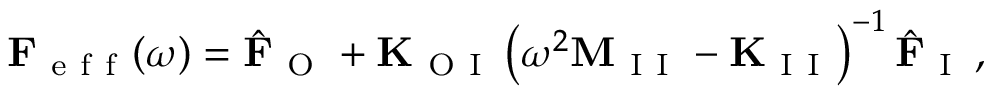
\mathbf { F } _ { \mathrm { ~ e ~ f ~ f ~ } } ( \omega ) = \hat { \mathbf { F } } _ { \mathrm { ~ O ~ } } + \mathbf { K } _ { \mathrm { ~ O ~ I ~ } } \left( \omega ^ { 2 } \mathbf { M } _ { \mathrm { ~ I ~ I ~ } } - \mathbf { K } _ { \mathrm { ~ I ~ I ~ } } \right) ^ { - 1 } \hat { \mathbf { F } } _ { \mathrm { ~ I ~ } } \, ,